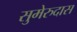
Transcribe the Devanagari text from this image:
सुमेरुदास